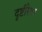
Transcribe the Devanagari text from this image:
दृष्टीरेषा